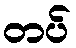
တပ်